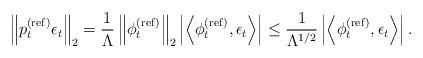
LaTeX: \begin{align*} \left\Vert p_{t}^{(\mathrm{ref})}\epsilon_{t}\right\Vert _{2} = \frac{1}{\Lambda}\left\Vert \phi_{t}^{(\mathrm{ref})}\right\Vert_{2} \left|\left\langle \phi_{t}^{(\mathrm{ref})},\epsilon_{t}\right\rangle \right| \leq \frac{1}{\Lambda^{1/2}} \left|\left\langle \phi_{t}^{(\mathrm{ref})},\epsilon_{t}\right\rangle \right|. \end{align*}